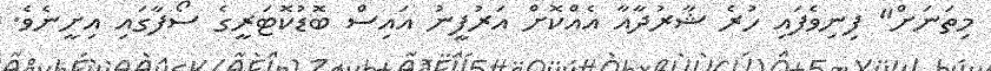
މިތަނަށް" ފިނިވެފައި ހުރެ ޝާރުދާއާ އެއްކޮށް އަރުފީނު އައިސް ބޮޑުކޮޓަރީގެ ސޯފާގައި އިށީނެވެ.